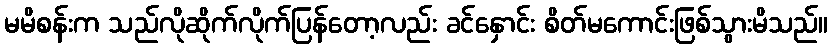
မမိစန်းက သည်လိုဆိုက်လိုက်ပြန်တော့လည်း ခင်နှောင်း စိတ်မကောင်းဖြစ်သွားမိသည်။